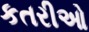
કતરીઓ